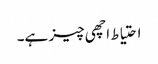
احتیاط اچھی چیز ہے۔